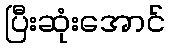
ပြီးဆုံးအောင်